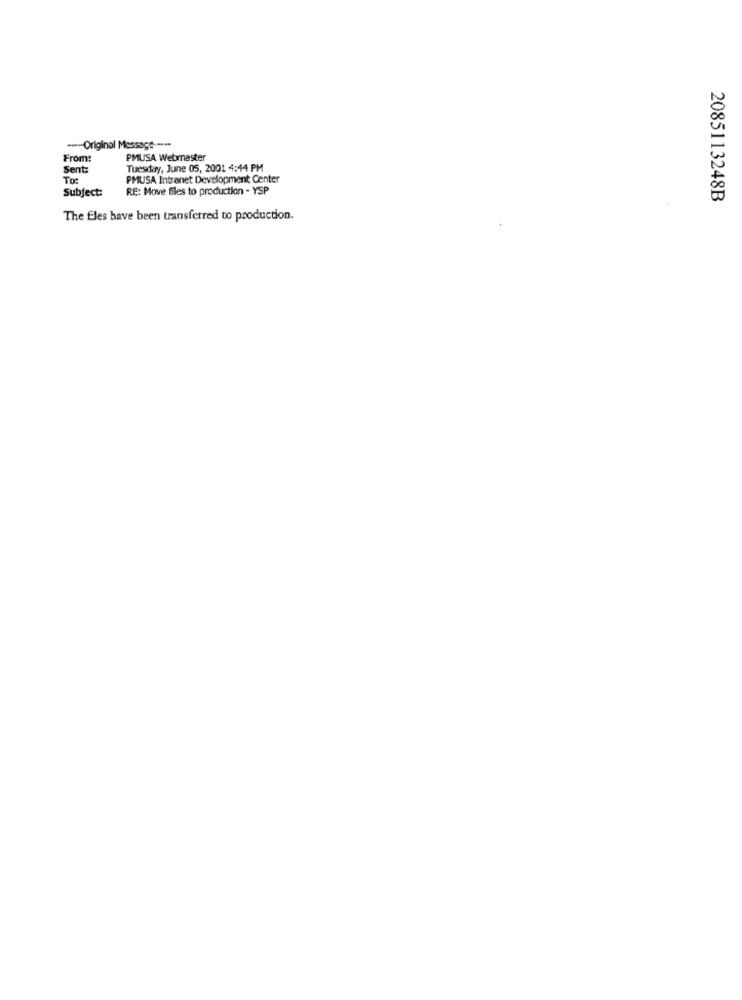
--- Original Message ----
From:
PMUSA Webmaster
Sent:
Tuesday, June 05, 2001 4:44 PM
To:
PMUSA Intranet Development Center
Subject:
RE: Move files to production - YSP
2085113248B
The Eles have been transferred to production.